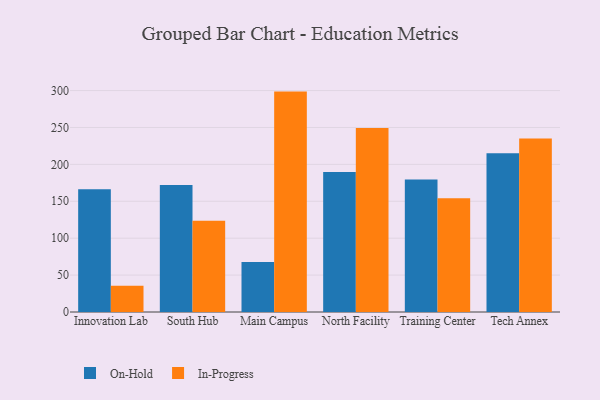
{"axis": {"x": "Campus", "y": "Headcount"}, "legend": ["In-Progress", "On-Hold"], "data": [{"x": "Innovation Lab", "y": 166.2, "type": "On-Hold"}, {"x": "Innovation Lab", "y": 35.6, "type": "In-Progress"}, {"x": "South Hub", "y": 172.2, "type": "On-Hold"}, {"x": "South Hub", "y": 123.7, "type": "In-Progress"}, {"x": "Main Campus", "y": 67.6, "type": "On-Hold"}, {"x": "Main Campus", "y": 298.6, "type": "In-Progress"}, {"x": "North Facility", "y": 189.6, "type": "On-Hold"}, {"x": "North Facility", "y": 249.2, "type": "In-Progress"}, {"x": "Training Center", "y": 179.6, "type": "On-Hold"}, {"x": "Training Center", "y": 154.1, "type": "In-Progress"}, {"x": "Tech Annex", "y": 215.0, "type": "On-Hold"}, {"x": "Tech Annex", "y": 235.2, "type": "In-Progress"}]}